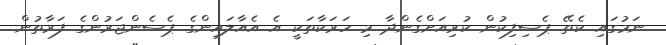
ނަމުގައި ކެތޭ ޕެސިފިކުން ކުރިއަށްގެންދާ މި ހަރަކާތަކީ އެ އެއާލައިންގެ ޕެސެންޖަރުންގެ ފަރާތުން